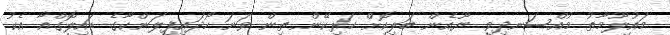
މައުލޫމާތު މުއްސަނދިވި ޔޫއެން ބަލިކޮށް ހަރިކޭން ތިން ވަނަ ހޯދައިފިލަންކާގެ ޑައިލޮގްއާ އެކު